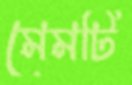
মেমটি